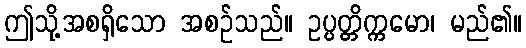
ဤသို့အစရှိသော အစဉ်သည်။ ဥပ္ပတ္တိက္ကမော၊ မည်၏။